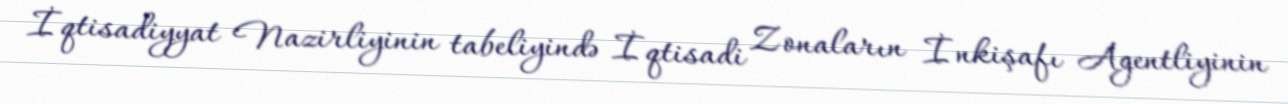
İqtisadiyyat Nazirliyinin tabeliyində İqtisadi Zonaların İnkişafı Agentliyinin